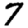
Digit: 7